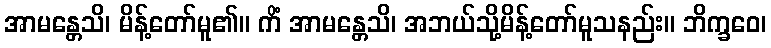
အာမန္တေသိ၊ မိန့်တော်မူ၏။ ကိံ အာမန္တေသိ၊ အဘယ်သို့မိန့်တော်မူသနည်း။ ဘိက္ခဝေ၊